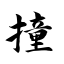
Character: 撞